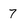
Character: 7